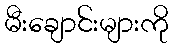
မီးချောင်းများကို